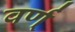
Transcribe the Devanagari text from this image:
वर्ण्